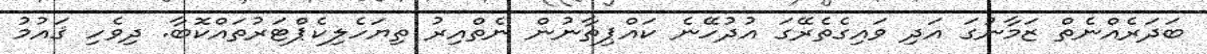
ބަދަރެއްނެތް ޒަމާނުގަ އަދި ވައިގެތެރޭގަ އުދުހޭނެ ކައްޕިތާނުން ނެތްއިރު ތިޔަހެލިކެޕްޓަރުތައްކޮބާ. ދިވެހި ޤައުމު